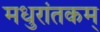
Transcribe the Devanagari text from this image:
मधुरांतकम्